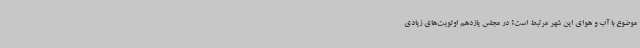
موضوع با آب و هوای این شهر مرتبط است؟ در مجلس یازدهم اولویت‌های زیادی